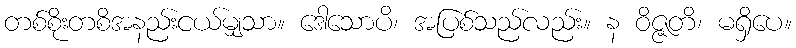
တစ်စိုးတစိအနည်းငယ်မျှသာ။ ဒေါသောပိ၊ အပြစ်သည်လည်း။ န ဝိဇ္ဇတိ၊ မရှိပေ။